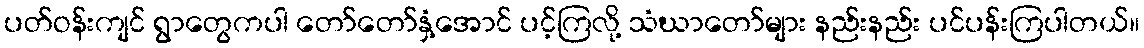
ပတ်ဝန်းကျင် ရွာတွေကပါ တော်တော်နှံ့အောင် ပင့်ကြလို့ သံဃာတော်များ နည်းနည်း ပင်ပန်းကြပါတယ်။